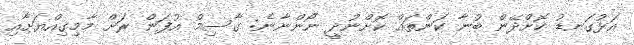
އަޅުގަނޑު ކޮށްދޭން ބުނާ ކަންތައް ކޮށްނުދީ ނޯންނާނެ: ގާސިމް އުފަން ރަށް މާމިގިއްޔަށާއި